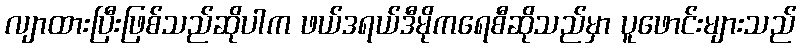
လျာထားပြီးဖြစ်သည်ဆိုပါက ဖယ်ဒရယ်ဒီမိုကရေစီဆိုသည်မှာ ပူဖောင်းများသည်